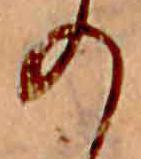
の